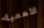
الأهمية